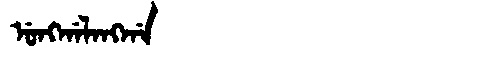
Manchu: ᡠᠩᡤᠠᠯᠠᠩᡤᠠ
Romanization: UNGGALANGGA